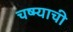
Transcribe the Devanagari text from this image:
चष्म्याची